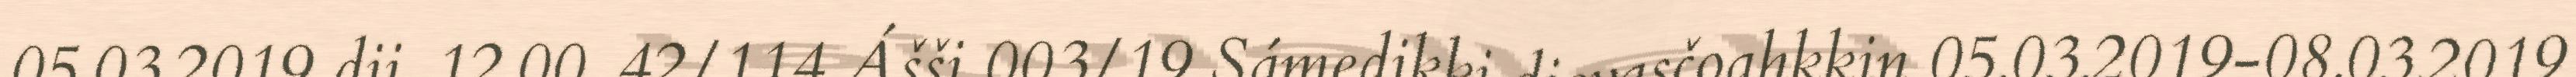
05.03.2019 dii. 12.00. 42/114 Ášši 003/19 Sámedikki dievasčoahkkin 05.03.2019-08.03.2019